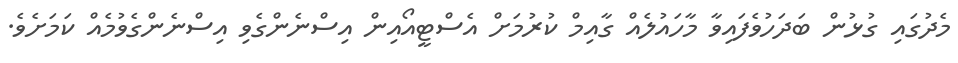
މެދުގައި ގުޅުން ބަދަހުވެފައިވާ މާހައުލެއް ގާއިމް ކުރުމަށް އެސްޓީއޯއިން އިސްނެންގެވި އިސްނެންގެވުމެއް ކަމަށެވެ.